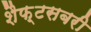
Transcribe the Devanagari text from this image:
शैफ़्टसबरी